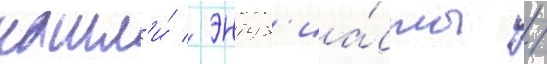
нашл'и́ / энтуз'иа́сты /